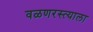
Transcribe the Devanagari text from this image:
वळणरस्त्याला